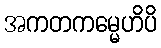
အကတကမ္မေဟိပိ